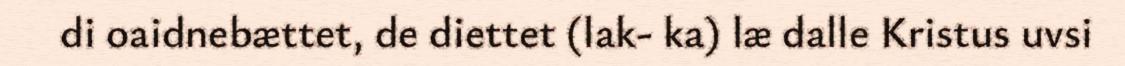
di oaidnebættet, de diettet (lak- ka) læ dalle Kristus uvsi